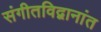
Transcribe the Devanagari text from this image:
संगीतविद्वानांत